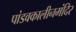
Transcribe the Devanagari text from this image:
पांडवकालीनमंदिर